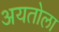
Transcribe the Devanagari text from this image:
अयतोला